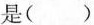
是()